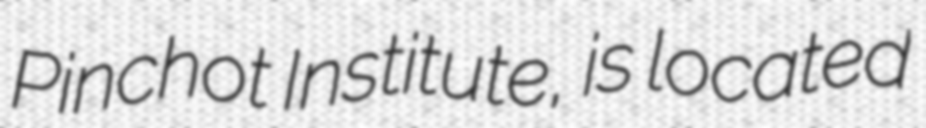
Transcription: Pinchot Institute, is located